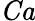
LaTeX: \mathit{Ca}